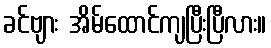
ခင်ဗျား အိမ်ထောင်ကျပြီးပြီလား။